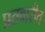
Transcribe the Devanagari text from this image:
प्रतवारीत